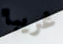
غريبا